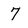
Character: 7